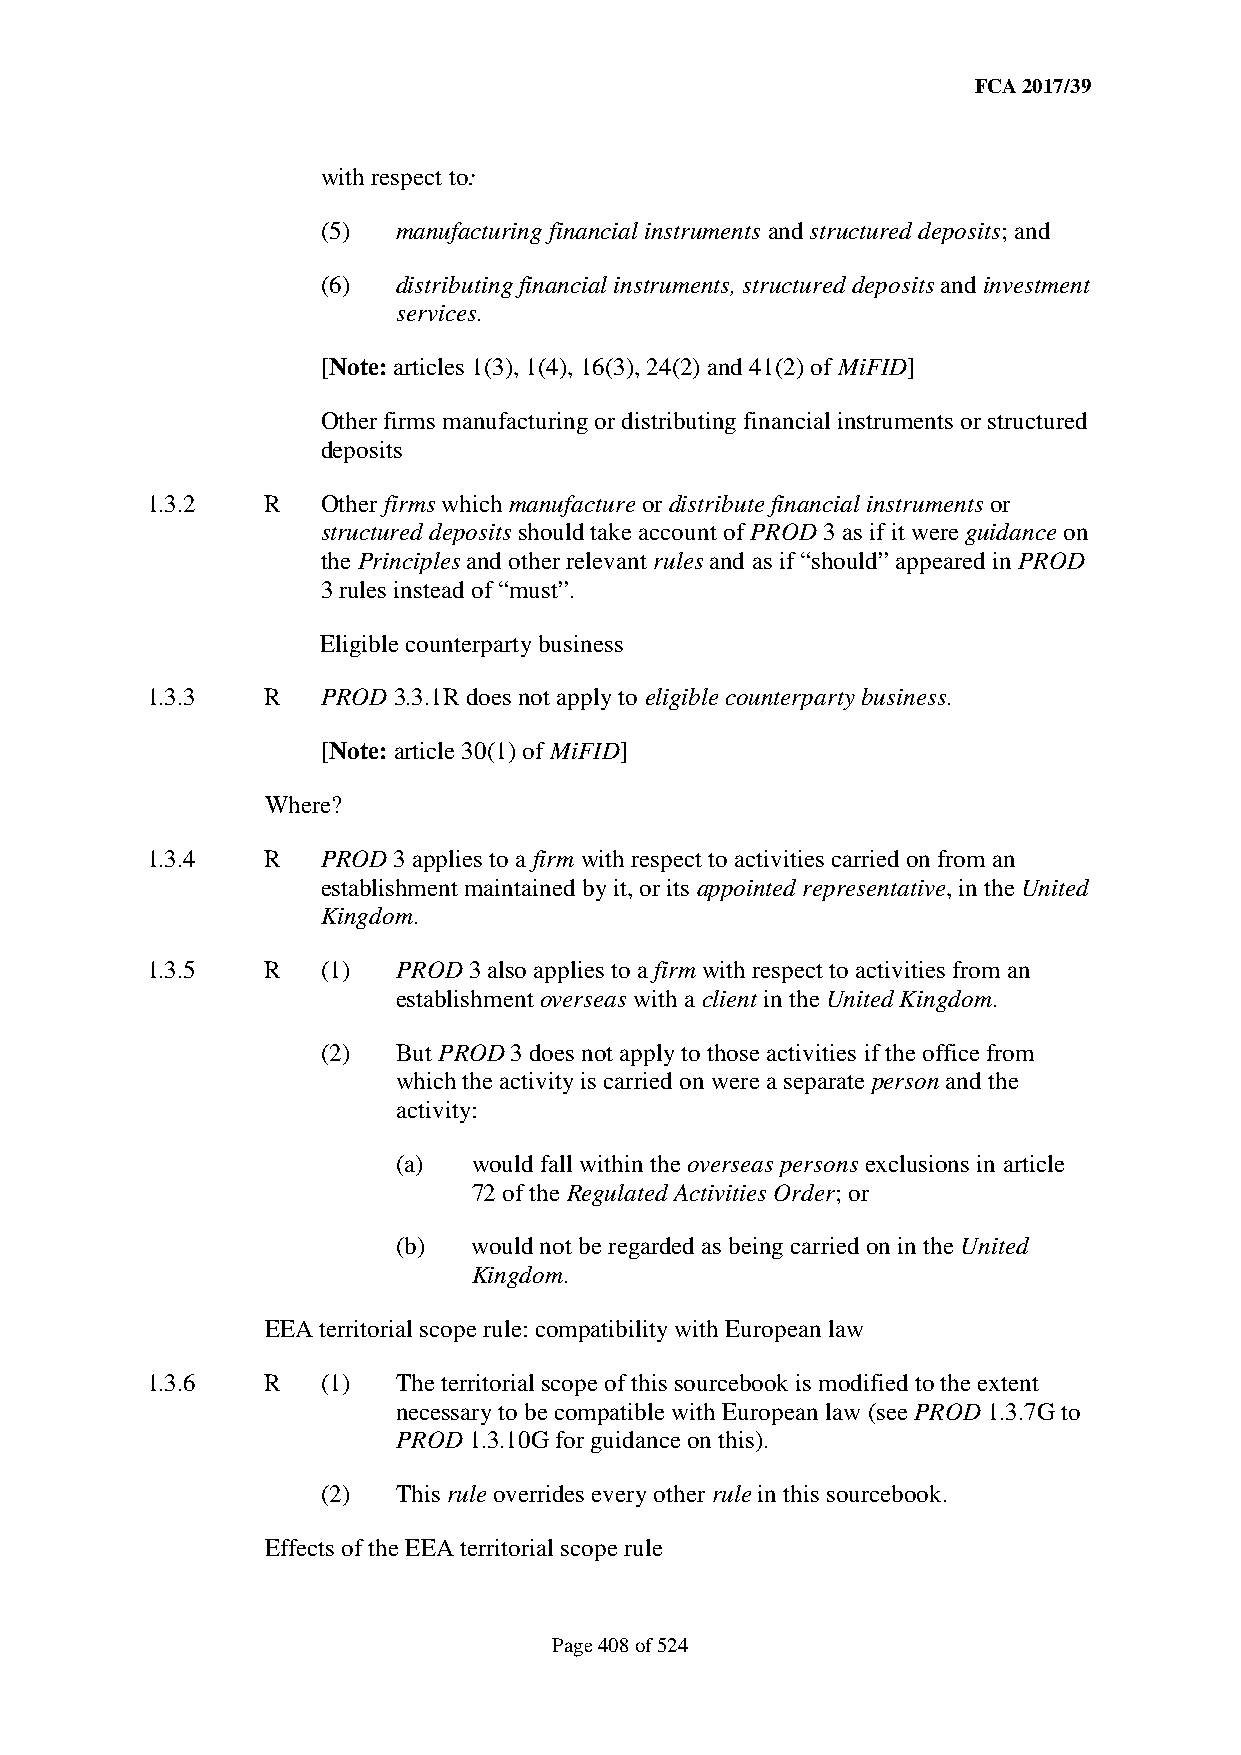
FCA 2017/39
 with respect to:
 (5)  manufacturing financial instruments and structured deposits; and
 (6)  distributing financial instruments, structured deposits and investment
 services.
 [Note: articles 1(3), 1(4), 16(3), 24(2) and 41(2) of MiFID]
 Other firms manufacturing or distributing financial instruments or structured
 deposits
 1.3.2   R  Other firms which manufacture or distribute financial instruments or
 structured deposits should take account of PROD 3 as if it were guidance on
 the Principles and other relevant rules and as if “should” appeared in PROD
 3 rules instead of “must”.
 Eligible counterparty business
 1.3.3   R  PROD 3.3.1R does not apply to eligible counterparty business.
 [Note: article 30(1) of MiFID]
 Where?
 1.3.4   R  PROD 3 applies to a firm with respect to activities carried on from an
 establishment maintained by it, or its appointed representative, in the United
 Kingdom.
 1.3.5   R  (1)  PROD 3 also applies to a firm with respect to activities from an
 establishment overseas with a client in the United Kingdom.
 (2)  But PROD 3 does not apply to those activities if the office from
 which the activity is carried on were a separate person and the
 activity:
 (a)  would fall within the overseas persons exclusions in article
 72 of the Regulated Activities Order; or
 (b)  would not be regarded as being carried on in the United
 Kingdom.
 EEA territorial scope rule: compatibility with European law
 1.3.6   R  (1)  The territorial scope of this sourcebook is modified to the extent
 necessary to be compatible with European law (see PROD 1.3.7G to
 PROD 1.3.10G for guidance on this).
 (2)  This rule overrides every other rule in this sourcebook.
 Effects of the EEA territorial scope rule
 Page 408 of 524